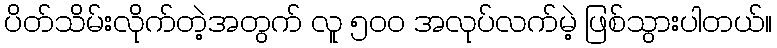
ပိတ်သိမ်းလိုက်တဲ့အတွက် လူ ၅၀၀ အလုပ်လက်မဲ့ ဖြစ်သွားပါတယ်။